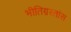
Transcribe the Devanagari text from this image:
भीतिग्रस्तांस